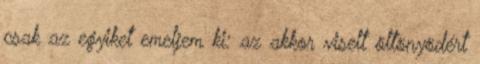
csak az egyiket emeljem ki: az akkor viselt öltönyödért